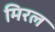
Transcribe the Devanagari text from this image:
मिरल